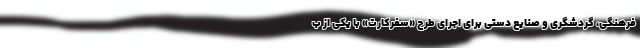
فرهنگی، گردشگری و صنایع دستی برای اجرای طرح «سفرکارت» با یکی از ب